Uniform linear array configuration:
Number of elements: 4
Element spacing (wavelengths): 0.75
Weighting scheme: binomial
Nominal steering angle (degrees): -45
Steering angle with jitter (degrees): -44.87
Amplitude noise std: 0.05
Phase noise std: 0.05

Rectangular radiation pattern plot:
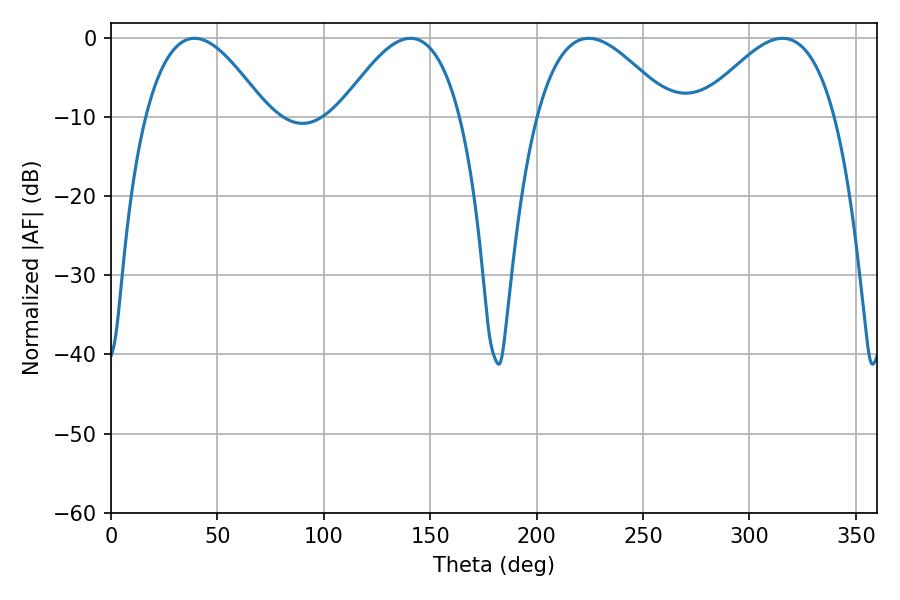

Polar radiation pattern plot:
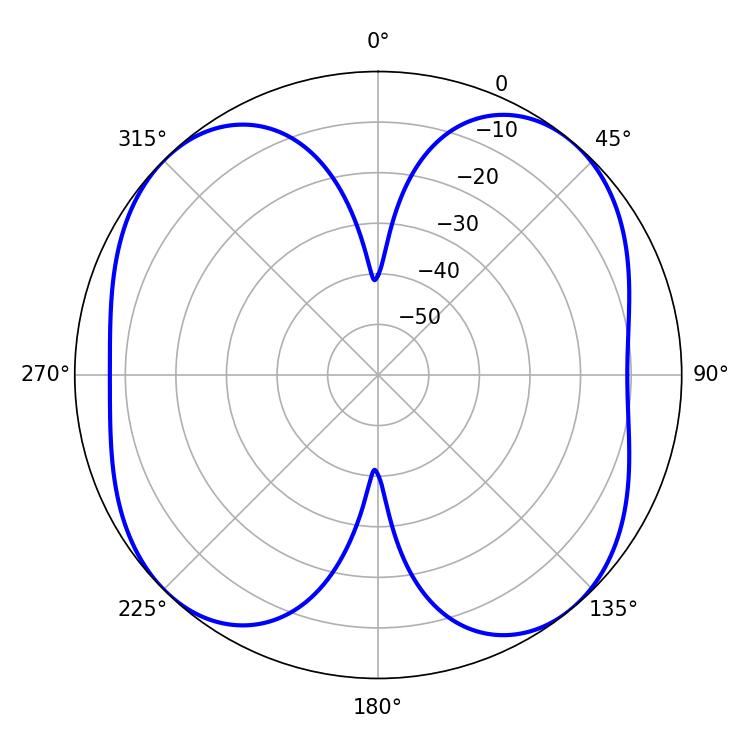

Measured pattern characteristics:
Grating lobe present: TRUE
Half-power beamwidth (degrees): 34.56
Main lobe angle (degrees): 224.46